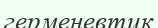
герменевтик